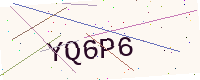
Text: YQ6P6